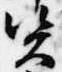
資